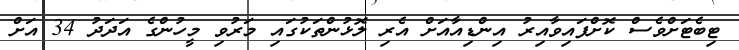
ޓިބެޓަށްވެސް ކޮށްފައިވާއިރު އިންޑިއާއަށް އެރި ލޮޅުންތަކުގައި މަރުވި މީހުންގެ އަދަދު 34 އަށް